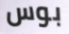
بوس